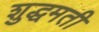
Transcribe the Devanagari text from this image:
शुद्धमती